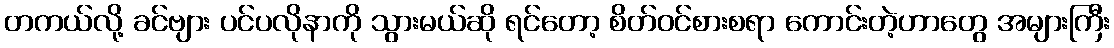
တကယ်လို့ ခင်ဗျား ပင်ပလိုနာကို သွားမယ်ဆို ရင်တော့ စိတ်ဝင်စားစရာ ကောင်းတဲ့ဟာတွေ အများကြီး